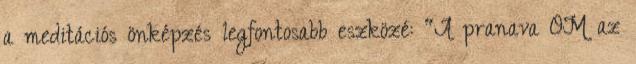
a meditációs önképzés legfontosabb eszközé: "A pranava OM az